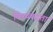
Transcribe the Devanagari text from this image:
विषयबद्धता